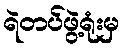
ရဲတပ်ဖွဲ့ရုံးမှ